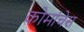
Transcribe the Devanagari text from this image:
कोमांचेस